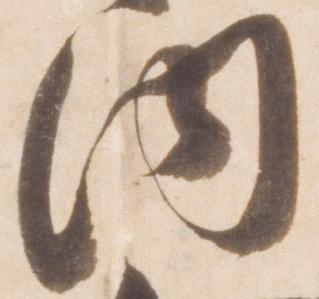
内